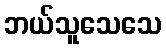
ဘယ်သူသေသေ